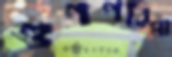
গুণগরিমা